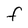
Character: F